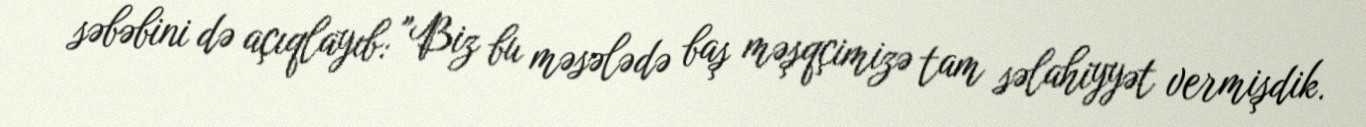
səbəbini də açıqlayıb: "Biz bu məsələdə baş məşqçimizə tam səlahiyyət vermişdik.